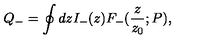
Q _ { - } = \oint d z I _ { - } ( z ) F _ { - } ( { \frac { z } { z _ { 0 } } } ; P ) ,